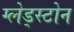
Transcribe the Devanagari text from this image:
ग्लेड्स्टोन